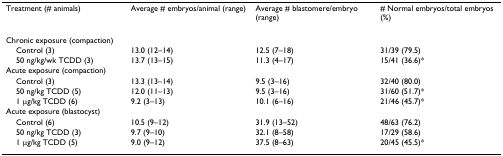
<table><thead><tr><td><b>Treatment (# animals)</b></td><td><b>Average # embryos/animal (range)</b></td><td><b>Average # blastomere/embryo (range)</b></td><td><b># Normal embryos/total embryos (%)</b></td></tr></thead><tbody><tr><td>Chronic exposure (compaction)</td><td></td><td></td><td></td></tr><tr><td> Control (3)</td><td>13.0 (12–14)</td><td>12.5 (7–18)</td><td>31/39 (79.5)</td></tr><tr><td> 50 ng/kg/wk TCDD (3)</td><td>13.7 (13–15)</td><td>11.3 (4–17)</td><td>15/41 (36.6)*</td></tr><tr><td>Acute exposure (compaction)</td><td></td><td></td><td></td></tr><tr><td> Control (3)</td><td>13.3 (13–14)</td><td>9.5 (3–16)</td><td>32/40 (80.0)</td></tr><tr><td> 50 ng/kg TCDD (5)</td><td>12.0 (11–13)</td><td>9.5 (3–16)</td><td>31/60 (51.7)*</td></tr><tr><td> 1 μg/kg TCDD (6)</td><td>9.2 (3–13)</td><td>10.1 (6–16)</td><td>21/46 (45.7)*</td></tr><tr><td>Acute exposure (blastocyst)</td><td></td><td></td><td></td></tr><tr><td> Control (6)</td><td>10.5 (9–12)</td><td>31.9 (13–52)</td><td>48/63 (76.2)</td></tr><tr><td> 50 ng/kg TCDD (3)</td><td>9.7 (9–10)</td><td>32.1 (8–58)</td><td>17/29 (58.6)</td></tr><tr><td> 1 μg/kg TCDD (5)</td><td>9.0 (9–12)</td><td>37.5 (8–63)</td><td>20/45 (45.5)*</td></tr></tbody></table>